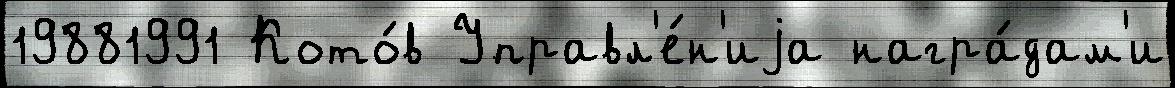
19881991 Кото́в Управл'е́н'иjа награ́дам'и